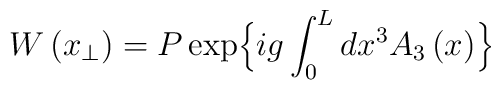
W \left(x_{\perp}\right) =  P\exp\Bigl\{ig \int_{0}^{L} dx^{3}  A_{3}\left(x\right)  \Bigr\}